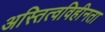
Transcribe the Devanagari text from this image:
अस्तित्वविहीनता